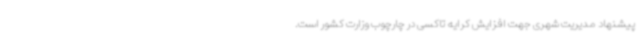
پیشنهاد مدیریت شهری جهت افزایش کرایه تاکسی در چارچوب وزارت کشور است.